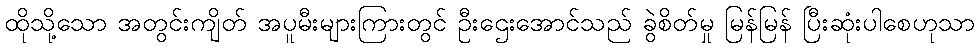
ထိုသို့သော အတွင်းကျိတ် အပူမီးများကြားတွင် ဦးဌေးအောင်သည် ခွဲစိတ်မှု မြန်မြန် ပြီးဆုံးပါစေဟုသာ